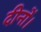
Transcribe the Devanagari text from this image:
दीनों।